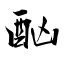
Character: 酗